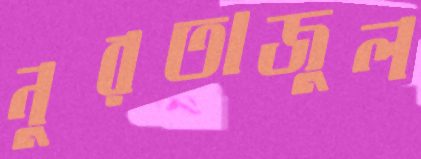
নুরতাজুল